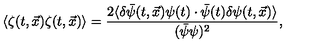
\langle \zeta ( t , \vec { x } ) \zeta ( t , \vec { x } ) \rangle = \frac { 2 \langle \delta \bar { \psi } ( t , \vec { x } ) \psi ( t ) \cdot \bar { \psi } ( t ) \delta \psi ( t , \vec { x } ) \rangle } { ( \bar { \psi } \psi ) ^ { 2 } } ,